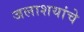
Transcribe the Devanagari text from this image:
जलाशयांचे